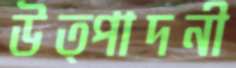
উত্পাদনী